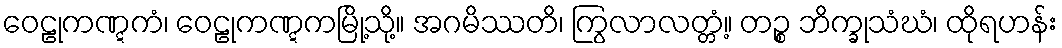
ဝေဠုကဏ္ဋကံ၊ ဝေဠုကဏ္ဋကမြို့သို့။ အဂမိဿတိ၊ ကြွလာလတ္တံ့။ တဉ္စ ဘိက္ခုသံဃံ၊ ထိုရဟန်း